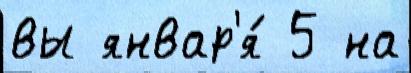
вы январ'я́ 5 на